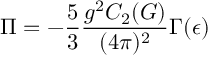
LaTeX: \Pi = - \frac { 5 } { 3 } \frac { g ^ { 2 } C _ { 2 } ( G ) } { ( 4 \pi ) ^ { 2 } } \Gamma ( \epsilon )